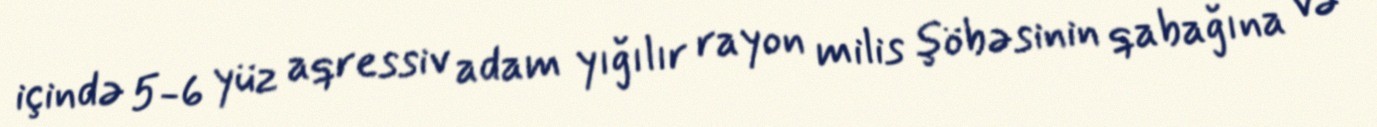
içində 5-6 yüz aqressiv adam yığılır rayon milis şöbəsinin qabağına və